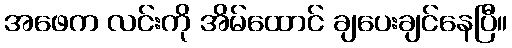
အဖေက လင်းကို အိမ်ထောင် ချပေးချင်နေပြီ။